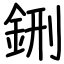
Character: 鉶